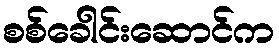
စစ်ခေါင်းဆောင်က